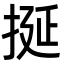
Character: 挻